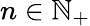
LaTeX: n\in\mathbb{N}_{+}